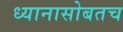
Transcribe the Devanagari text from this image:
ध्यानासोबतच